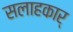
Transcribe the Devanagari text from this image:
सलाहकार्